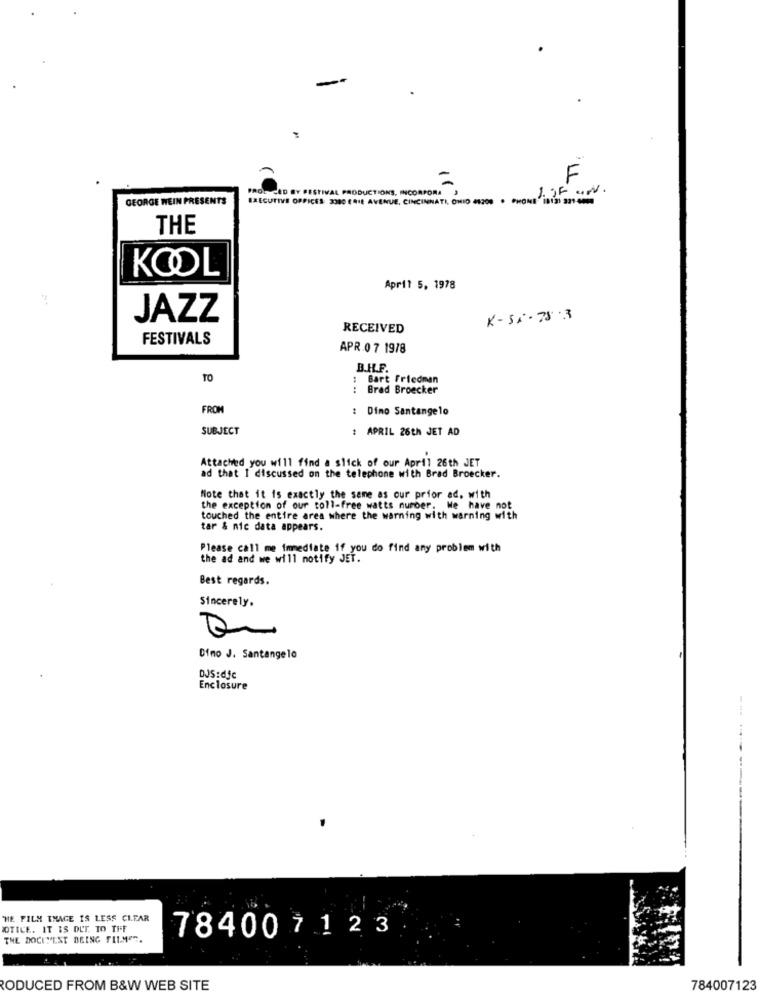
=
F
PROL CED BY FESTIVAL PRODUCTIONS, INCORPORA
GEORGE WEIN PRESENTS
EXECUTIVE OFFICES: 3380 ERIE AVENUE, CINCINNATI, OHIO 41200 · PHONE " 1813) 321-6000
THE
KOOL
April 5, 1978
JAZZ
K-SA- 783
RECEIVED
FESTIVALS
APR 0 7 1978
B.H.F.
TO
:
Bart Friedman
: Brad Broecker
FROM
: Dino Santangelo
SUBJECT
: APRIL 26th JET AD
Attached you will find a slick of our April 26th JET
ad that I discussed on the telephone with Brad Broecker.
Note that it is exactly the same as our prior ad, with
the exception of our toll-free watts number. We have not
touched the entire area where the warning with warning with
tar & nic data appears.
Please call me immediate if you do find any problem with
the ad and we will notify JET.
Best regards.
Sincerely.
Dino J. Santangelo
DJS:dfc
Enclosure
-----
HE FILM IMAGE IS LESS CLEAR
NOTICE. IT IS DET. TO THE
THE DOCIFEST BEING FILMER.
784007123
RODUCED FROM B&W WEB SITE
784007123